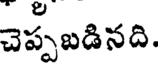
చెప్పబడినది.